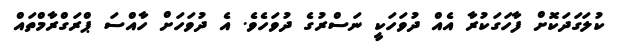
ކުލަގަދަކޮށް ފާހަގަކުރާ އެއް ދުވަހަކީ ނަސްރުގެ ދުވަހެވެ. އެ ދުވަހަށް ހާއްސަ ޕްރަގްރާމްތައް